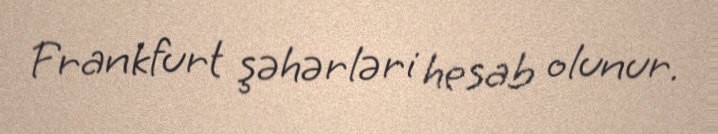
Frankfurt şəhərləri hesab olunur.